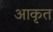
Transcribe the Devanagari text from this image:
आकृत